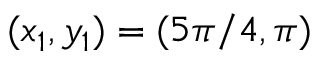
( x _ { 1 } , y _ { 1 } ) = ( 5 \pi / 4 , \pi )